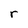
Character: r